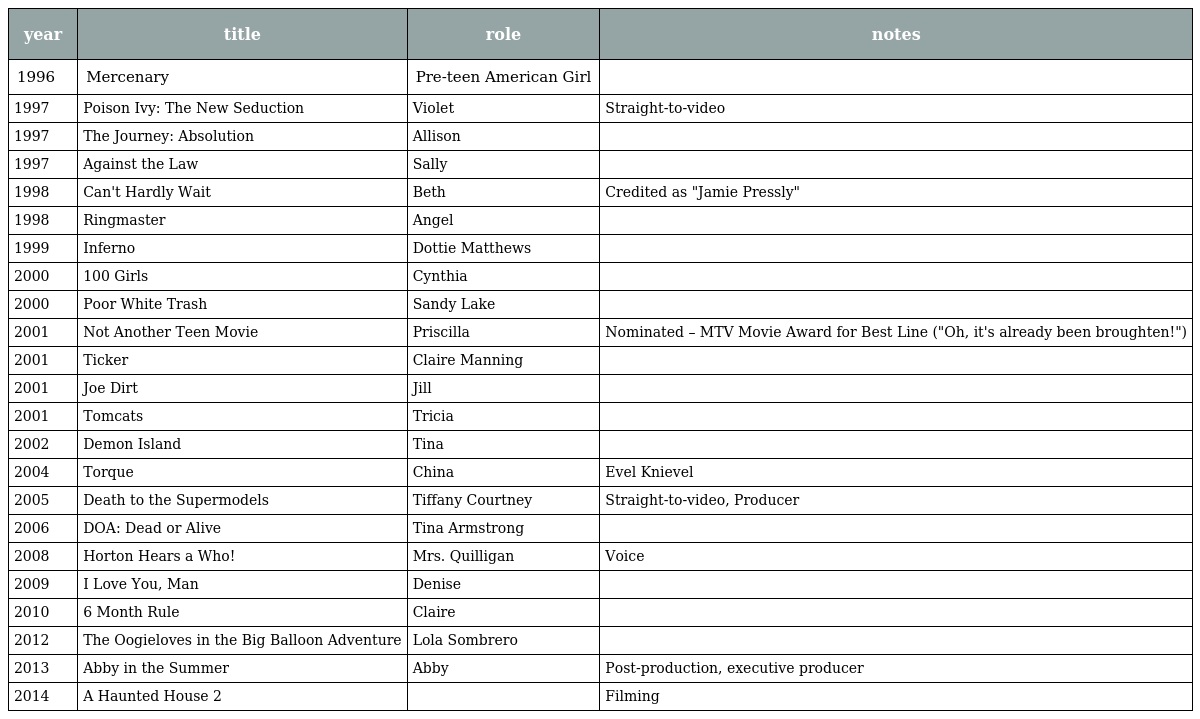
| year | title | role | notes |
 | --- | --- | --- | --- |
 | 1996 | Mercenary | Pre-teen American Girl |  |
 | 1997 | Poison Ivy: The New Seduction | Violet | Straight-to-video |
 | 1997 | The Journey: Absolution | Allison |  |
 | 1997 | Against the Law | Sally |  |
 | 1998 | Can't Hardly Wait | Beth | Credited as "Jamie Pressly" |
 | 1998 | Ringmaster | Angel |  |
 | 1999 | Inferno | Dottie Matthews |  |
 | 2000 | 100 Girls | Cynthia |  |
 | 2000 | Poor White Trash | Sandy Lake |  |
 | 2001 | Not Another Teen Movie | Priscilla | Nominated – MTV Movie Award for Best Line ("Oh, it's already been broughten!") |
 | 2001 | Ticker | Claire Manning |  |
 | 2001 | Joe Dirt | Jill |  |
 | 2001 | Tomcats | Tricia |  |
 | 2002 | Demon Island | Tina |  |
 | 2004 | Torque | China | Evel Knievel |
 | 2005 | Death to the Supermodels | Tiffany Courtney | Straight-to-video, Producer |
 | 2006 | DOA: Dead or Alive | Tina Armstrong |  |
 | 2008 | Horton Hears a Who! | Mrs. Quilligan | Voice |
 | 2009 | I Love You, Man | Denise |  |
 | 2010 | 6 Month Rule | Claire |  |
 | 2012 | The Oogieloves in the Big Balloon Adventure | Lola Sombrero |  |
 | 2013 | Abby in the Summer | Abby | Post-production, executive producer |
 | 2014 | A Haunted House 2 |  | Filming |